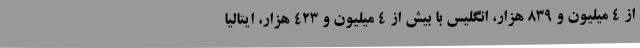
از ۴ میلیون و ۸۳۹ هزار، انگلیس با بیش از ۴ میلیون و ۴۲۳ هزار، ایتالیا